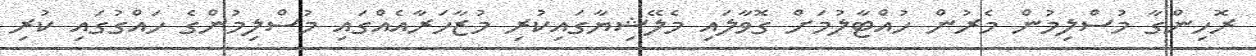
ރޮހިންގާ މުސްލިމުން މެރުން ހުއްޓާލުމަށް ގޮވާލައި މެލޭޝިޔާގައިކުރި މުޒާހަރާއެއްގައި މުސްލިމުންގެ ހައްގުގައި ކުރި